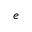
e